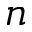
n